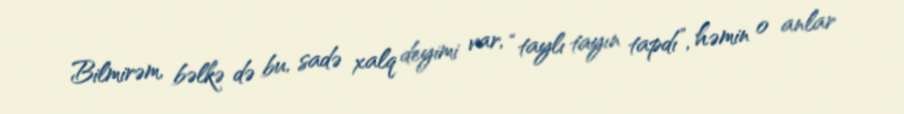
Bilmirəm, bəlkə də bu, sadə xalq deyimi var, “taylı tayın tapdı”, həmin o anlar